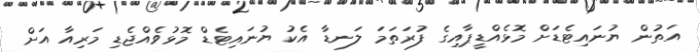
އަތުން ޔުނައިޓެޑަށް މޮޅެއްޑީޕާއިގެ ފުރަތަމަ ލަނޑާ އެކު ޔުނައިޓެޑް މޮޅުވެއްޖެޑި މަރިއާ އަށް